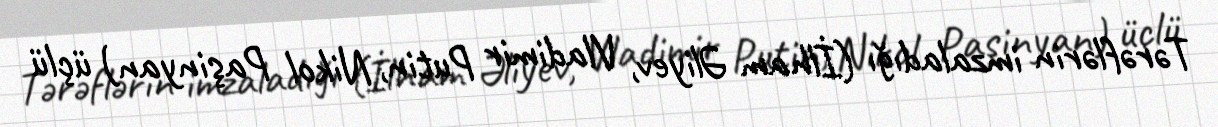
Tərəflərin imzaladığı (İlham Əliyev, Vladimir Putin, Nikol Paşinyan) üçlü